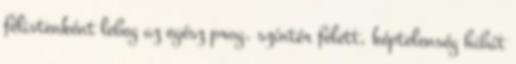
félistenként lebeg az egész prog. színtér felett, képtelenség hibát